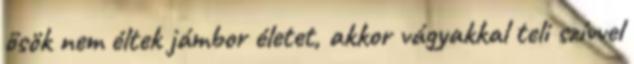
ősök nem éltek jámbor életet, akkor vágyakkal teli szívvel